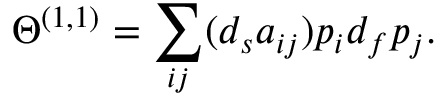
\Theta ^ { ( 1 , 1 ) } = \sum _ { i j } ( d _ { s } a _ { i j } ) p _ { i } d _ { f } p _ { j } .